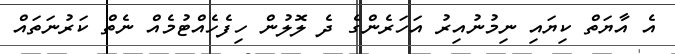
އެ އާޔަތް ކިޔައި ނިމުނުއިރު އަހަރެންގެ ދެ ލޮލުން ހިފެހެއްޓުމެއް ނެތް ކަރުނަތައް